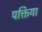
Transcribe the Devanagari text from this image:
पक्तिया